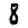
Digit: 8